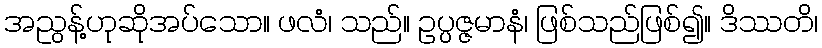
အညွန့်ဟုဆိုအပ်သော။ ဖလံ၊ သည်။ ဥပ္ပဇ္ဇမာနံ၊ ဖြစ်သည်ဖြစ်၍။ ဒိဿတိ၊